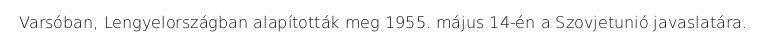
Varsóban, Lengyelországban alapították meg 1955. május 14-én a Szovjetunió javaslatára.